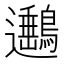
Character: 𨙡